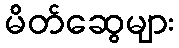
မိတ်ဆွေများ